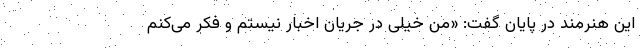
این هنرمند در پایان گفت: «من خیلی در جریان اخبار نیستم و فکر می‌کنم